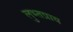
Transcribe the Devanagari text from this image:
लुभ्तप्राय